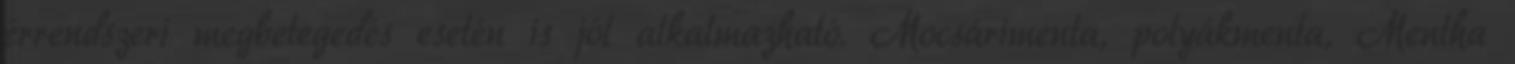
érrendszeri megbetegedés esetén is jól alkalmazható. Mocsárimenta, polyákmenta, Mentha